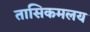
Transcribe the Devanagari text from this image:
तासिकमलय